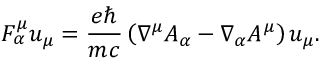
F _ { \alpha } ^ { \mu } u _ { \mu } = \frac { e \hbar } { m c } \left( \nabla ^ { \mu } A _ { \alpha } - \nabla _ { \alpha } A ^ { \mu } \right) u _ { \mu } .